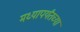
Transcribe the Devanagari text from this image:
मध्यापर्यंतच्या